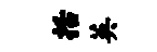
括英